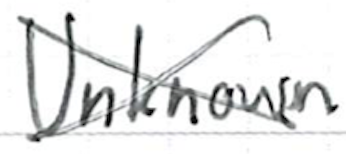
Text: Unknown
Cross-out: cross
Writing tool: ballpoint